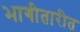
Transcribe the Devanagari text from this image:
भागीतारीत